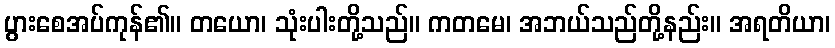
ပွားစေအပ်ကုန်၏။ တယော၊ သုံးပါးတို့သည်။ ကတမေ၊ အဘယ်သည်တို့နည်း။ အရတိယာ၊